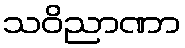
သဝိညာဏာ